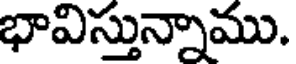
భావిస్తున్నాము.